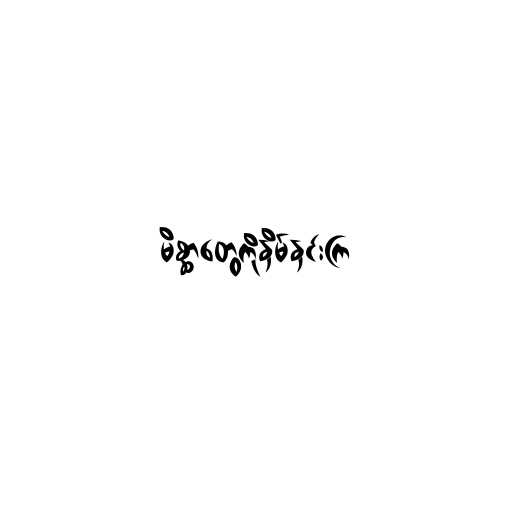
မိစ္ဆာတွေကိုနှိမ်နှင်းကြ